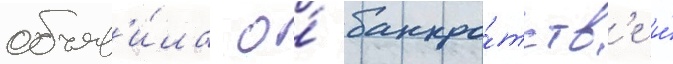
объяв'и́ла о́ банкро́тств'е и́